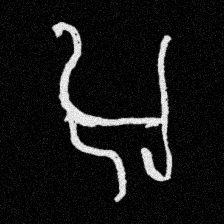
Pyu character \u2014 Myanmar letter: အ (romanized: a)